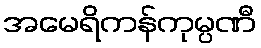
အမေရိကန်ကုမ္ပဏီ